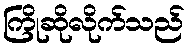
ကြိုဆိုလိုက်သည်